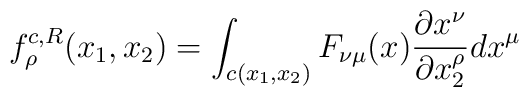
f_{\rho}^{c, R}(x_{1}, x_{2}) = \int_{c(x_{1}, x_{2})} F_{\nu \mu}(x)\frac{\partial x^{\nu}}{\partial x_{2}^{\rho}} d x^{\mu}